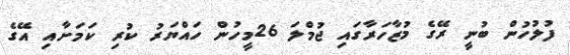
ފުލުހުން ބުނީ ރޭގެ މުޒާހަރާގައި ޖުމްލަ 26މީހުން ހައްޔަރު ކުރި ކަމަށާއި އޭގެ